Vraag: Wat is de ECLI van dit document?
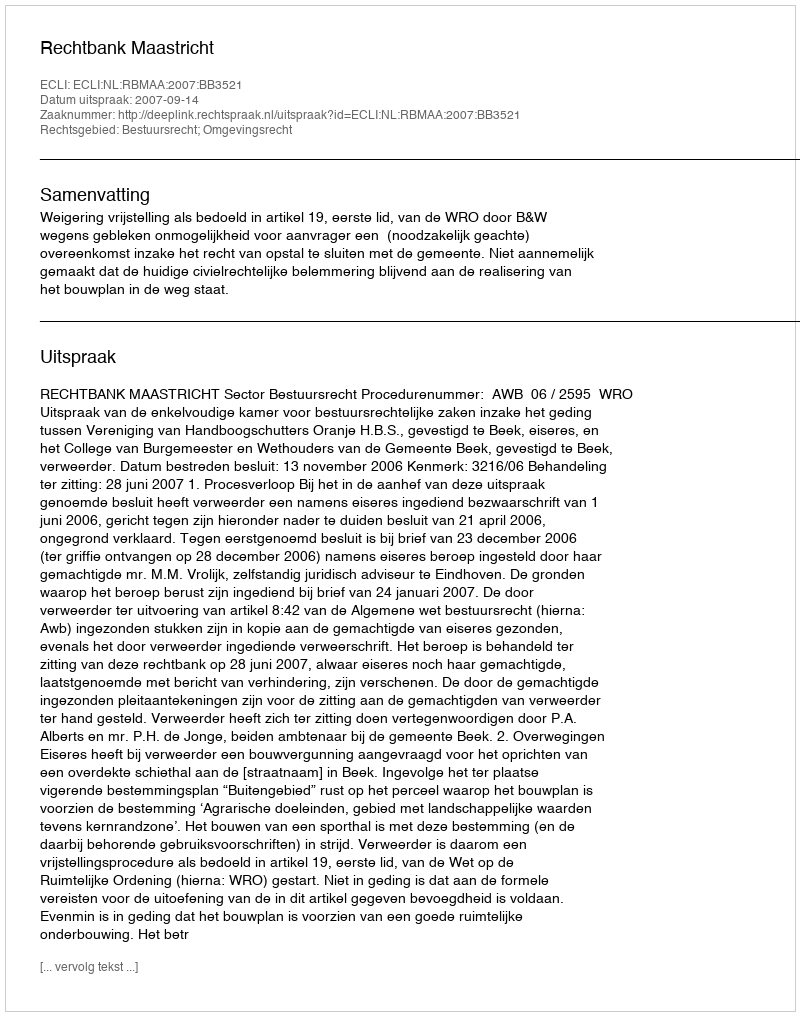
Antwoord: ECLI:NL:RBMAA:2007:BB3521